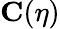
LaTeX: {\mathbf C}(\eta)